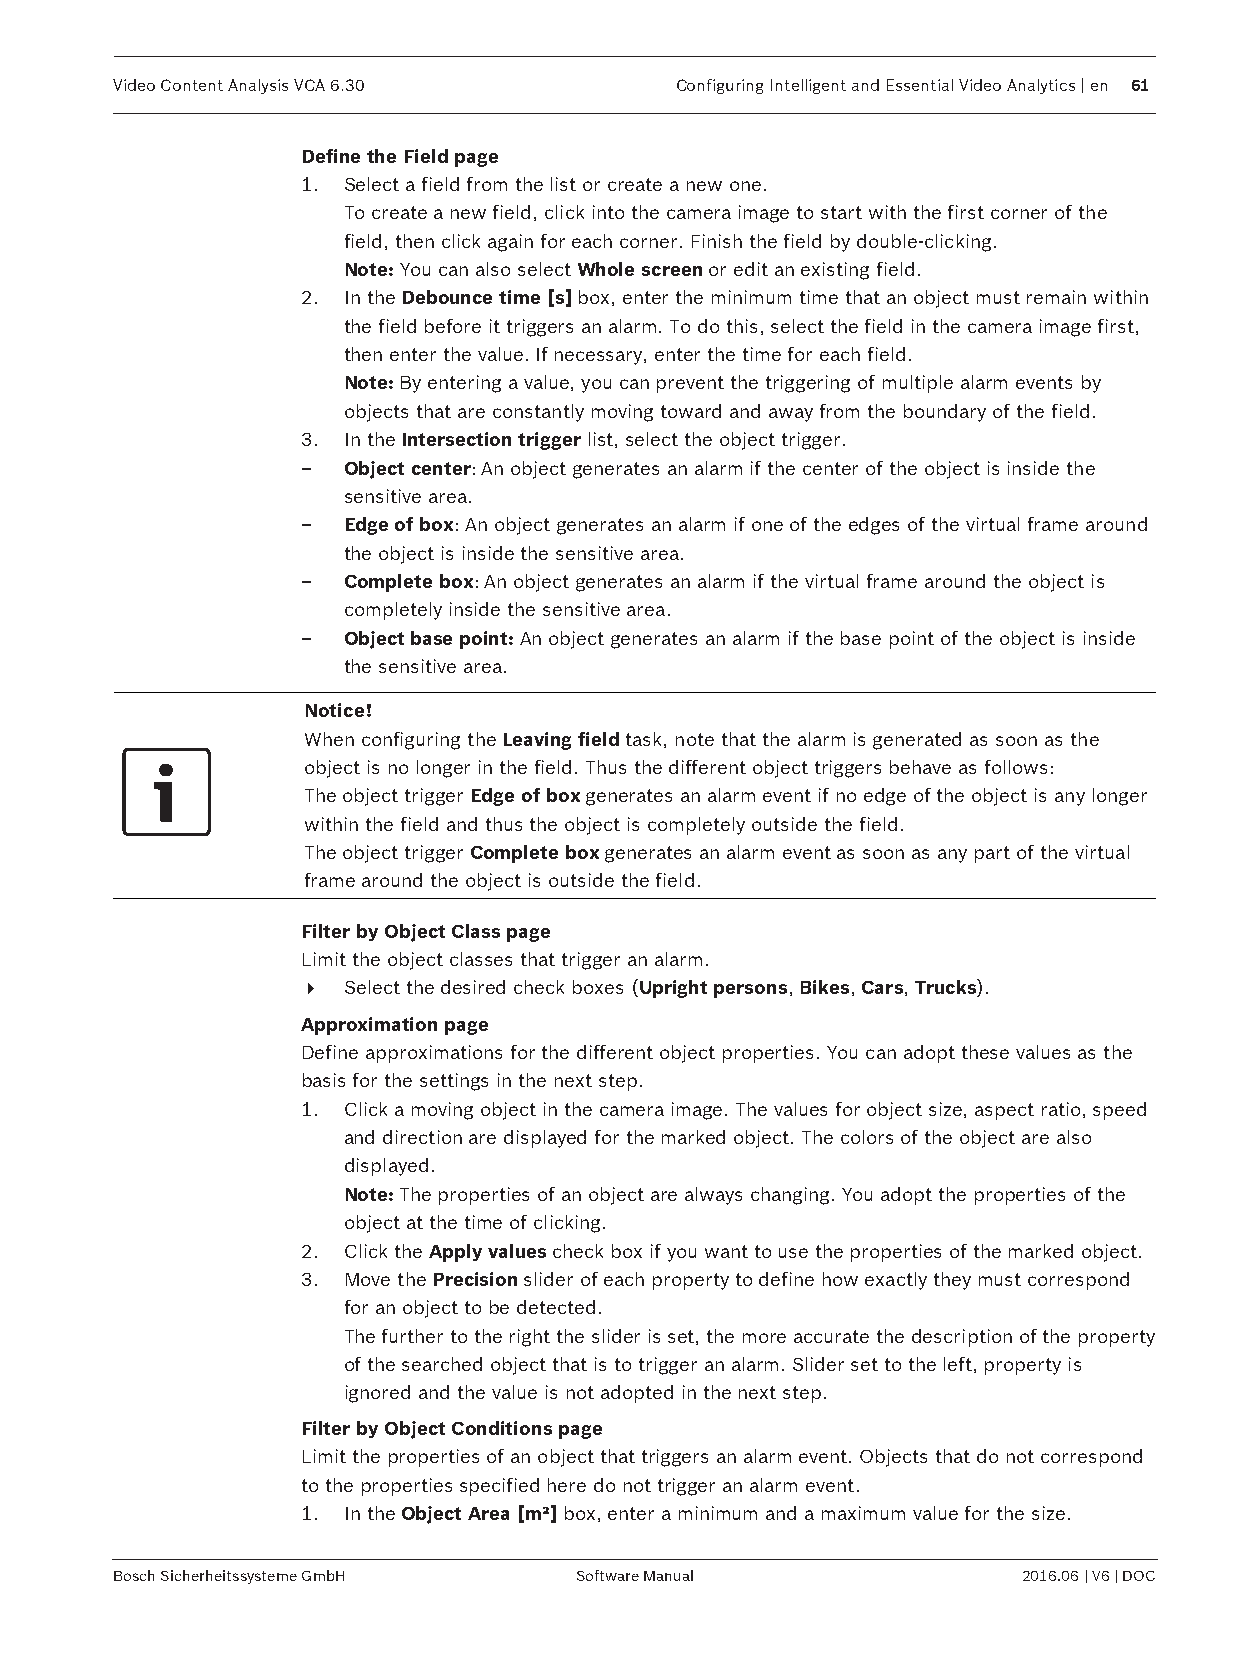
Video Content Analysis VCA 6.30      Configuring Intelligent and Essential Video Analytics | en 61
 Define the Field page
 1. Select a field from the list or create a new one.
 To create a new field, click into the camera image to start with the first corner of the
 field, then click again for each corner. Finish the field by double-clicking.
 Note: You can also select Whole screen or edit an existing field.
 2. In the Debounce time [s] box, enter the minimum time that an object must remain within
 the field before it triggers an alarm. To do this, select the field in the camera image first,
 then enter the value. If necessary, enter the time for each field.
 Note: By entering a value, you can prevent the triggering of multiple alarm events by
 objects that are constantly moving toward and away from the boundary of the field.
 3. In the Intersection trigger list, select the object trigger.
 –  Object center: An object generates an alarm if the center of the object is inside the
 sensitive area.
 –  Edge of box: An object generates an alarm if one of the edges of the virtual frame around
 the object is inside the sensitive area.
 –  Complete box: An object generates an alarm if the virtual frame around the object is
 completely inside the sensitive area.
 –  Object base point: An object generates an alarm if the base point of the object is inside
 the sensitive area.
 Notice!
 When configuring the Leaving field task, note that the alarm is generated as soon as the
 object is no longer in the field. Thus the different object triggers behave as follows:
 The object trigger Edge of box generates an alarm event if no edge of the object is any longer
 within the field and thus the object is completely outside the field.
 The object trigger Complete box generates an alarm event as soon as any part of the virtual
 frame around the object is outside the field.
 Filter by Object Class page
 Limit the object classes that trigger an alarm.
 4  Select the desired check boxes (Upright persons, Bikes, Cars, Trucks).
 Approximation page
 Define approximations for the different object properties. You can adopt these values as the
 basis for the settings in the next step.
 1. Click a moving object in the camera image. The values for object size, aspect ratio, speed
 and direction are displayed for the marked object. The colors of the object are also
 displayed.
 Note: The properties of an object are always changing. You adopt the properties of the
 object at the time of clicking.
 2. Click the Apply values check box if you want to use the properties of the marked object.
 3. Move the Precision slider of each property to define how exactly they must correspond
 for an object to be detected.
 The further to the right the slider is set, the more accurate the description of the property
 of the searched object that is to trigger an alarm. Slider set to the left, property is
 ignored and the value is not adopted in the next step.
 Filter by Object Conditions page
 Limit the properties of an object that triggers an alarm event. Objects that do not correspond
 to the properties specified here do not trigger an alarm event.
 1. In the Object Area [m²] box, enter a minimum and a maximum value for the size.
 Bosch Sicherheitssysteme GmbH Software Manual               2016.06 | V6 | DOC